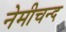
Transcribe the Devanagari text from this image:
नेमीचन्द